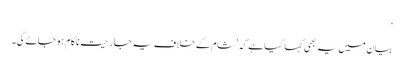
‘
بیان میں یہ بھی کہا گیا ہے کہ ’شام کے خلاف یہ جارحیت ناکام ہو جائے گی۔